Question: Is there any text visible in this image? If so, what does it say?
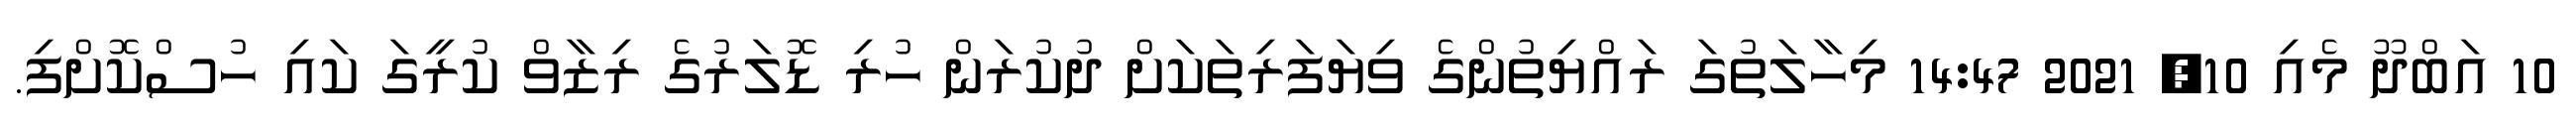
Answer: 10 އަބްދޫ މެއި 10, 2021 14:47 މިހާލަތުގަ ރައްޔިތުންގެ ވިޔަފަރިތަކަށް ދުކުރަން ހުރި ޑޮލަރުގެ ރިޒާވް ކުރީގަ ކައި ހުސްކޮށްފި.